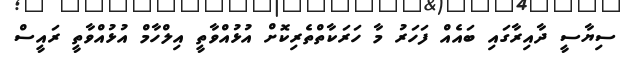
ސިޔާސީ ދާއިރާގައި ބައެއް ފަހަރު މާ ހަރަކާތްތެރިކޮށް އުޅުއްވާތީ އިލްހާމް އުޅުއްވާތީ ރައީސް